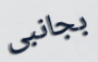
بجانبى